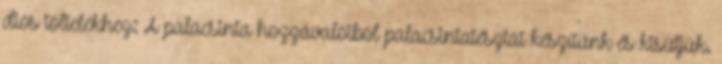
diós töltelékhez: A palacsinta hozzávalóiból palacsintatésztát készítünk és kisütjük.